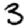
Digit: 3